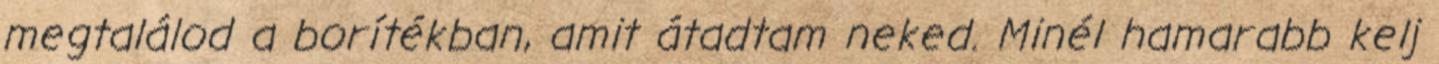
megtalálod a borítékban, amit átadtam neked. Minél hamarabb kelj